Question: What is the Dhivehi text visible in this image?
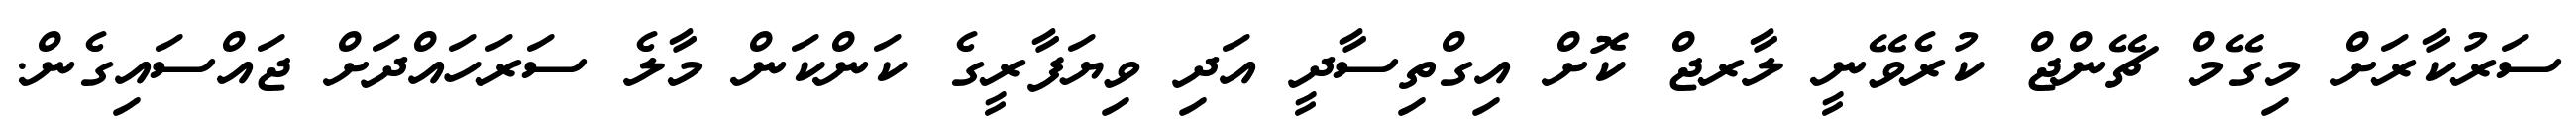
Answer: ސަރުކާރަށް މިގޭމް ޗޭންޖް ކުރެވޭނީ ލާރޖް ކޮށް އިގްތިސާދީ އަދި ވިޔަފާރީގެ ކަންކަން މާލެ ސަރަހައްދަށް ޖައްސައިގެން.